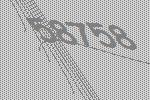
58758